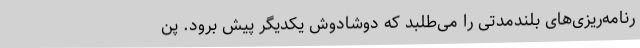
رنامه‌ریزی‌های بلندمدتی را می‌طلبد که دوشادوش یکدیگر پیش برود. پن